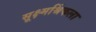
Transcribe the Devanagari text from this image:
सूक्ष्मश्रिंकला